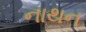
નાથન